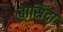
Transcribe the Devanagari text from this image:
बासिंदा